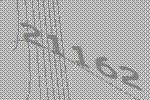
21162